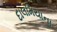
દાલમિયાના